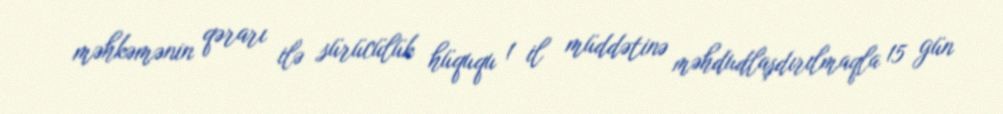
məhkəmənin qərarı ilə sürücülük hüququ 1 il müddətinə məhdudlaşdırılmaqla 15 gün